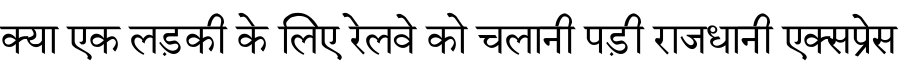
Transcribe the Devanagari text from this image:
क्या एक लड़की के लिए रेलवे को चलानी पड़ी राजधानी एक्सप्रेस